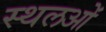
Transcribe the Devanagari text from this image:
स्थलओं